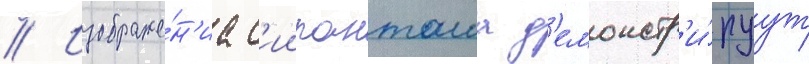
// Изображе́н'иа с'иипанташа д'емонстр'и́руут